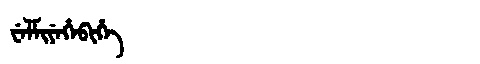
Manchu: ᠸᡝᠯᠮᡳᠶᡝᡥᡝᠪᡳᡥᡝ
Romanization: WELMIYEHEBIHE